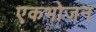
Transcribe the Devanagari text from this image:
एकभोजन